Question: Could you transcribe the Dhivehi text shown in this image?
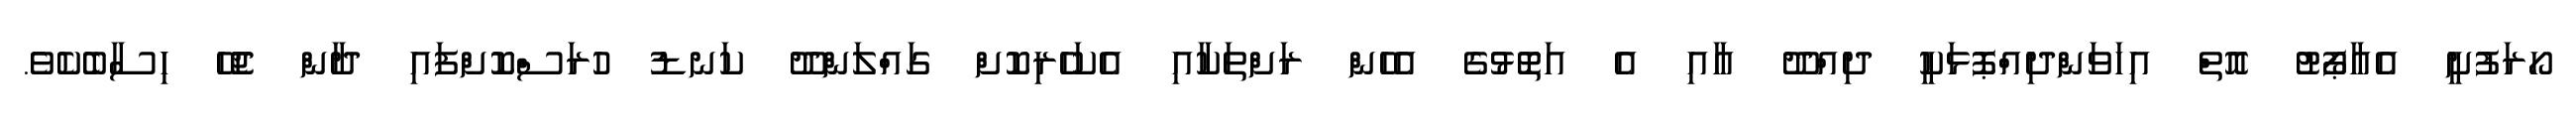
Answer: ހޯރަފުށީ އެއާޕޯޓު އޮތް އިހަވަންދިއްޕޮޅަކީ ދިއްދޫ އާއި އެ އަތޮޅުގެ އެހެން ރަށްތަކާއި އެކަހެރިކޮށް ގައްލަންދޫ ކަނޑު ހުރަސްކޮށްފައި ދާން ޖެހޭ ހިސާބެކެވެ.